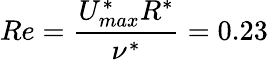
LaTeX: Re=\frac{U_{max}^{*}R^{*}}{\nu^{*}}=0.23